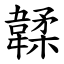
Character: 韖